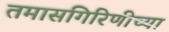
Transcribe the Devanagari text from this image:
तमासगिरिणीच्या